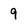
Character: 9